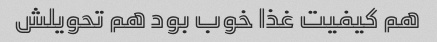
هم کیفیت غذا خوب بود هم تحویلش